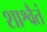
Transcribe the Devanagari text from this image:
शाश्वैतं